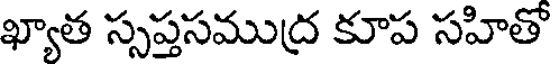
ఖ్యాత స్సప్తసముద్ర కూప సహితో